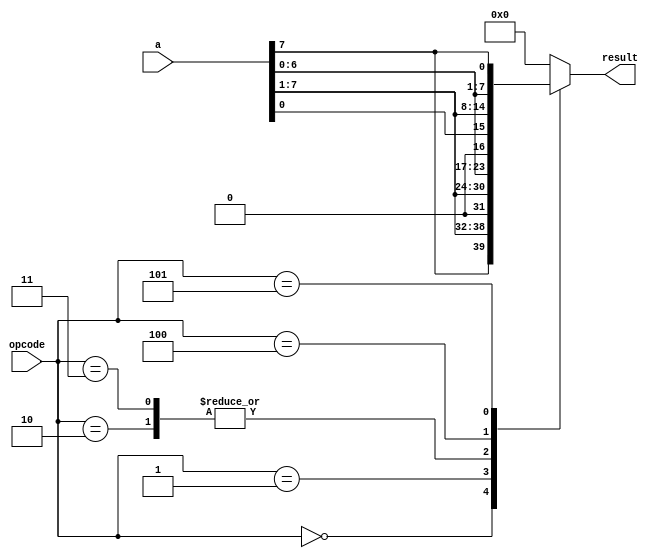
module shift_rotate (a, opcode, result);

input [7:0] a;
input [2:0] opcode;
output [7:0] result;

wire [7:0] a;
wire [2:0] opcode;
reg [7:0] result;

parameter sra_op = 3'b000, //shift right arithmetic
srl_op = 3'b001,           //Shift right logical
sla_op = 3'b010,           //Shift left algebraic 
sll_op = 3'b011,           //Shift left logical
ror_op = 3'b100,           //rotate right
rol_op = 3'b101;           //rotate left

always @ (a or opcode)
begin
case (opcode)
sra_op : result = {a[7], a[7], a[6], a[5],
 a[4], a[3], a[2], a[1]};
srl_op : result = a >> 1;
sla_op : result = {a[6], a[5], a[4], a[3],
 a[2], a[1], a[0], 1'b0};
 sll_op : result = a << 1;
ror_op : result = {a[0], a[7], a[6], a[5],
a[4], a[3], a[2], a[1]};
rol_op : result = {a[6], a[5], a[4], a[3],
a[2], a[1], a[0], a[7]};
default : result = 0;
endcase
end
endmodule